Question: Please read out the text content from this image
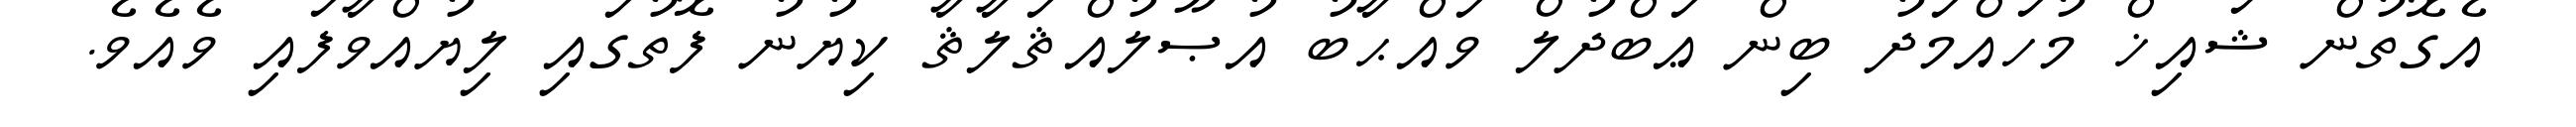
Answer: އެގޮތުން ޝައިޚް މުހައްމަދު ބިން ޢަބްދުލް ވައްޙާބު އުޞޫލުއްޘަލާޘާ ކިޔުނު ފޮތުގައި ލިޔުއްވާފައި ވެއެވެ.